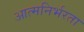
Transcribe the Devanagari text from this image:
आत्‍मनिर्भरता